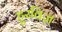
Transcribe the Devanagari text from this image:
हुरविज़